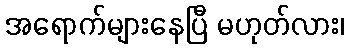
အရောက်များနေပြီ မဟုတ်လား၊